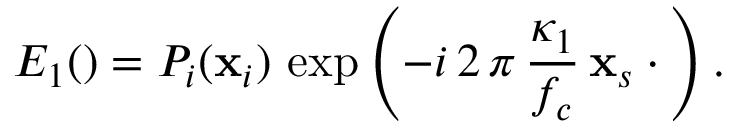
E _ { 1 } ( \v r ) = P _ { i } ( \mathbf { x } _ { i } ) \, \exp \left( - i \, 2 \, \pi \, \frac { \kappa _ { 1 } } { f _ { c } } \, \mathbf { x } _ { s } \cdot \v r \right) .